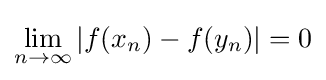
\lim _{n\to \infty }|f(x_{n})-f(y_{n})|=0